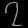
Digit: ၇